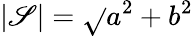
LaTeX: \vert\mathscr{S}\vert={\sqrt{}{{a^{2}+b^{2}}}}